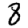
Digit: 8